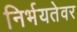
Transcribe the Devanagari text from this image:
निर्भयतेवर